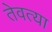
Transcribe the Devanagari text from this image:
तेवत्या